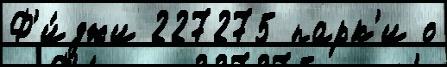
Ф'и́джи 227275 парк'и о